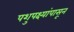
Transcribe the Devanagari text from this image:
पशुपक्ष्यांपासून